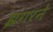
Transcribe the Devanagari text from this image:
झगरने